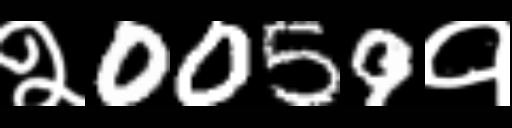
Text: २0059१